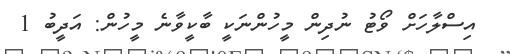
އިސްލާހަށް ވޯޓު ނުދިން މީހުންނަކީ ބާކީވާނެ މީހުން: އަދީބު 1